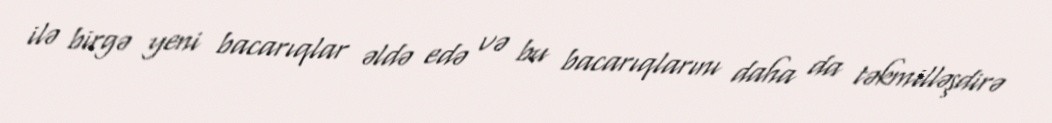
ilə birgə yeni bacarıqlar əldə edə və bu bacarıqlarını daha da təkmilləşdirə